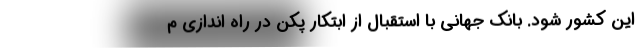
این کشور شود. بانک جهانی با استقبال از ابتکار پکن در راه اندازی م